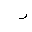
Letter: _ra